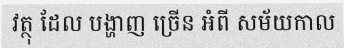
វត្ថុ ដែល បង្ហាញ ច្រើន អំពី សម័យកាល